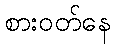
စားဝတ်နေ